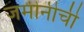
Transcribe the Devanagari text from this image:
जमीनीची